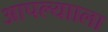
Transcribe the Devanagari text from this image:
आपल्यााला